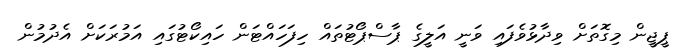
ޕީޖީން މިގޮތަށް ވިދާޅުވެފައި ވަނީ އަލީގެ ޕާސްޕޯޓުތައް ހިފަހައްޓަން ހައިކޯޓުގައި އަމުރަކަށް އެދުމުން